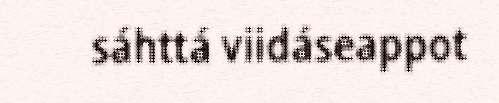
sáhttá viidáseappot